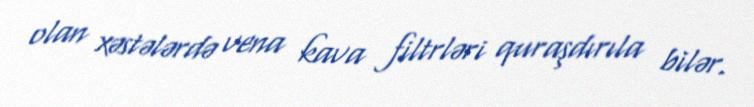
olan xəstələrdə vena kava filtrləri quraşdırıla bilər.